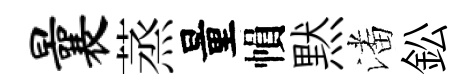
曩蒸量𢄙黙潘鈆